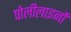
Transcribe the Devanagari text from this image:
पोलीलाइनों